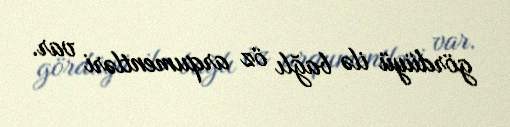
gördüyü ilə bağlı öz arqumentləri var.